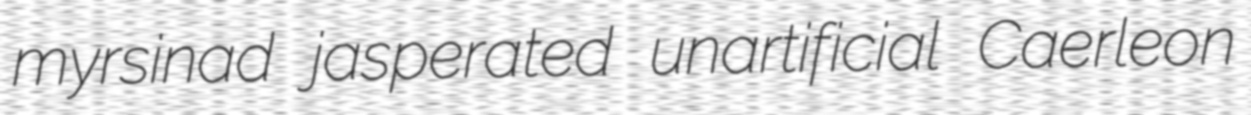
myrsinad jasperated unartificial Caerleon